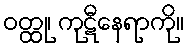
ဝတ္ထု၊ ကုဋီနေရာကို။